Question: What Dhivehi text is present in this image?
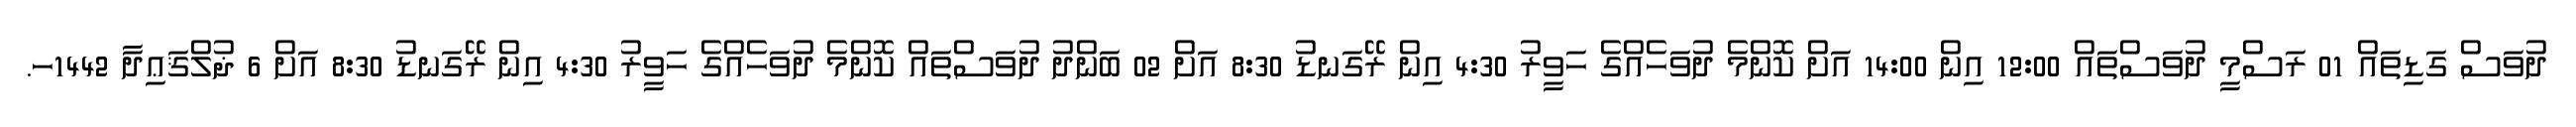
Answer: ދުވަސް ގަޑިތައް 01 ރަސްމީ ދުވަސްތައް 12:00 އިން 14:00 އަށް ކޮންމެ ދުވަހެއްގެ ހަވީރު 4:30 އިން ރޭގަނޑު 8:30 އަށް 02 ބަންދު ދުވަސްތައް ކޮންމެ ދުވަހެއްގެ ހަވީރު 4:30 އިން ރޭގަނޑު 8:30 އަށް 6 ޛުލްޤަޢިދާ 1442ހ.